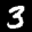
Label: 3